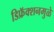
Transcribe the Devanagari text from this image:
डिफ्रॅक्शनमुळे